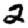
Digit: 2